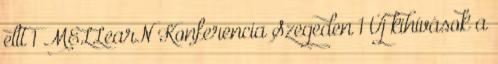
eltt 1 MELLearN Konferencia Szegeden 1 Új kihívások a